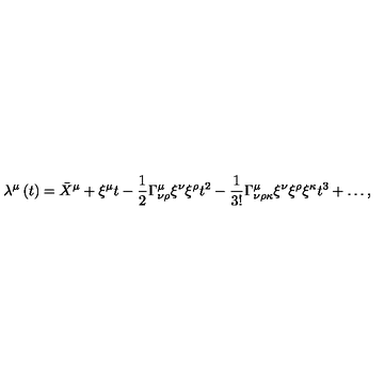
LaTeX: \lambda ^ { \mu } \left( t \right) = \bar { X } ^ { \mu } + \xi ^ { \mu } t - \frac { 1 } { 2 } \Gamma _ { \nu \rho } ^ { \mu } \xi ^ { \nu } \xi ^ { \rho } t ^ { 2 } - \frac { 1 } { 3 ! } \Gamma _ { \nu \rho \kappa } ^ { \mu } \xi ^ { \nu } \xi ^ { \rho } \xi ^ { \kappa } t ^ { 3 } + \ldots ,